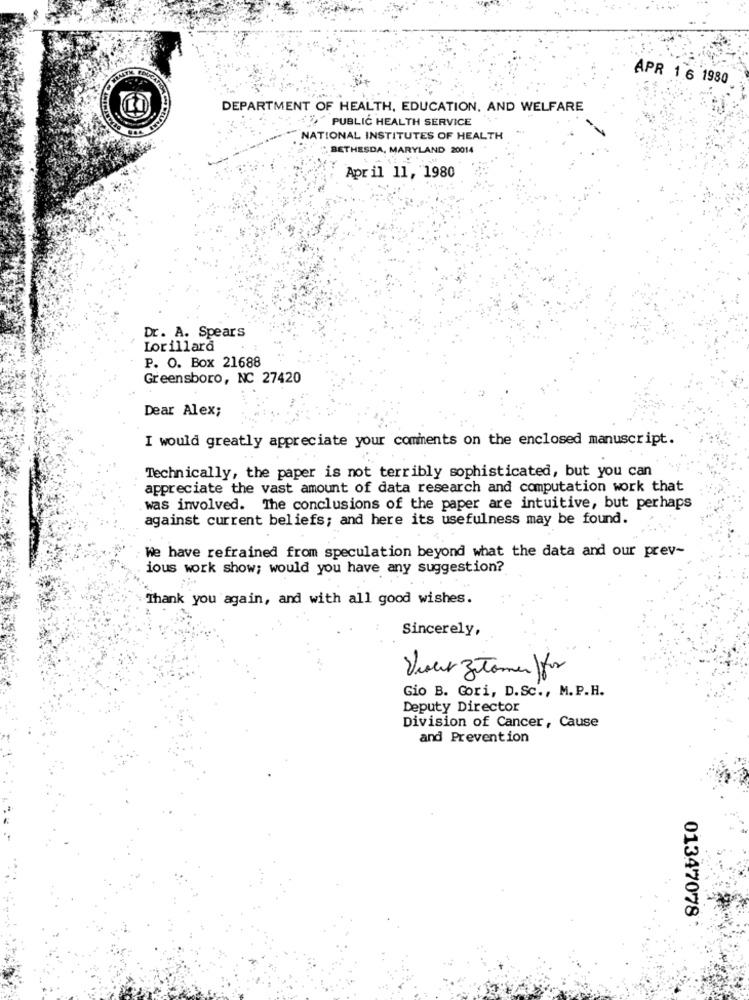
APR 1 6 1980
DEPARTMENT OF HEALTH, EDUCATION, AND WELFARE
PUBLIC HEALTH SERVICE
NATIONAL INSTITUTES OF HEALTH
BETHESDA, MARYLAND 20014
April 11, 1980
Dr. A. Spears
Lorillard
P. O. Box 21688
Greensboro, NC 27420
Dear Alex;
I would greatly appreciate your comments on the enclosed manuscript.
Technically, the paper is not terribly sophisticated, but you can
appreciate the vast amount of data research and computation work that
was involved. The conclusions of the paper are intuitive, but perhaps
against current beliefs; and here its usefulness may be found.
We have refrained from speculation beyond what the data and our prev-
ious work show; would you have any suggestion?
Thank you again, and with all good wishes.
Sincerely,
Viaes ZTomer ) for
Gio B. Gori, D.Sc ., M.P.H.
Deputy Director
Division of Cancer, Cause
and Prevention
01347078